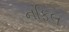
નફિલ